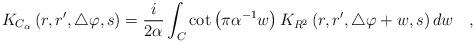
LaTeX: \begin{align*}K_{C_{\alpha}}\left(r,r',\triangle\varphi,s\right)={i\over 2\alpha} \int_{C} \cot \left(\pi \alpha^{-1} w\right)K_{R^2}\left(r,r',\triangle\varphi +w,s\right) dw~~~,\end{align*}